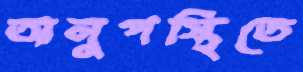
অনুপস্থিতে